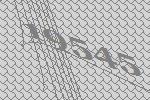
19545